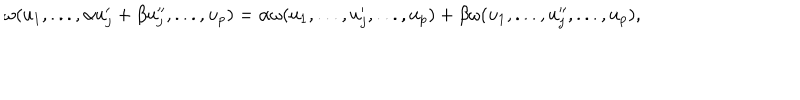
LaTeX: \omega ( u _ { 1 } , . . . , \alpha u _ { j } ^ { \prime } + \beta u _ { j } ^ { \prime \prime } , . . . , u _ { p } ) = \alpha \omega ( u _ { 1 } , . . . , u _ { j } ^ { \prime } , . . . , u _ { p } ) + \beta \omega ( u _ { 1 } , . . . , u _ { j } ^ { \prime \prime } , . . . , u _ { p } ) ,